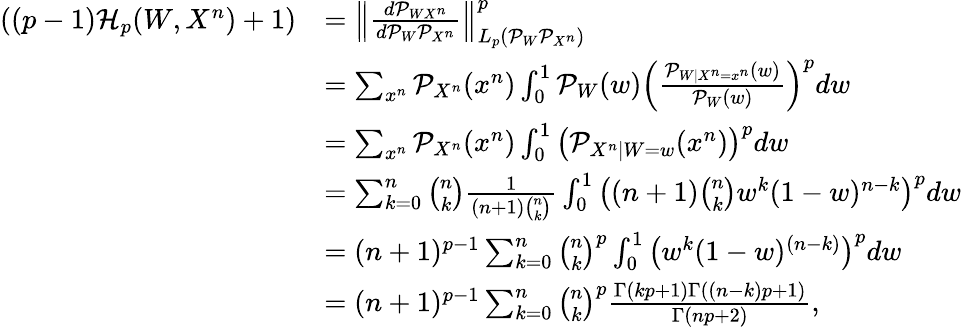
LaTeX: \begin{array}{rl}{((p-1)\mathcal{H}_{p}(W,X^{n})+1)}&{=\left\lVert\frac{d\mathcal{P}_{WX^{n}}}{d\mathcal{P}_{W}\mathcal{P}_{X^{n}}}\right\rVert_{L_{p}(\mathcal{P}_{W}\mathcal{P}_{X^{n}})}^{p}}\\ &{=\sum_{x^{n}}\mathcal{P}_{X^{n}}(x^{n})\int_{0}^{1}\mathcal{P}_{W}(w)\left(\frac{\mathcal{P}_{W|X^{n}=x^{n}}(w)}{\mathcal{P}_{W}(w)}\right)^{p}dw}\\ &{=\sum_{x^{n}}\mathcal{P}_{X^{n}}(x^{n})\int_{0}^{1}\left(\mathcal{P}_{X^{n}|W=w}(x^{n})\right)^{p}dw}\\ &{=\sum_{k=0}^{n}\binom{n}{k}\frac{1}{(n+1)\binom{n}{k}}\int_{0}^{1}\left((n+1)\binom{n}{k}w^{k}(1-w)^{n-k}\right)^{p}dw}\\ &{=(n+1)^{p-1}\sum_{k=0}^{n}\binom{n}{k}^{p}\int_{0}^{1}\left(w^{k}(1-w)^{(n-k)}\right)^{p}dw}\\ &{=(n+1)^{p-1}\sum_{k=0}^{n}\binom{n}{k}^{p}\frac{\Gamma(kp+1)\Gamma((n-k)p+1)}{\Gamma(np+2)},}\end{array}